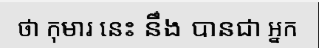
ថា កុមារ នេះ នឹង បានជា អ្នក